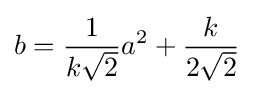
b={\frac {1}{k{\sqrt {2}}}}a^{2}+{\frac {k}{2{\sqrt {2}}}}